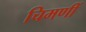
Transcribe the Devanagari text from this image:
चिमणीं